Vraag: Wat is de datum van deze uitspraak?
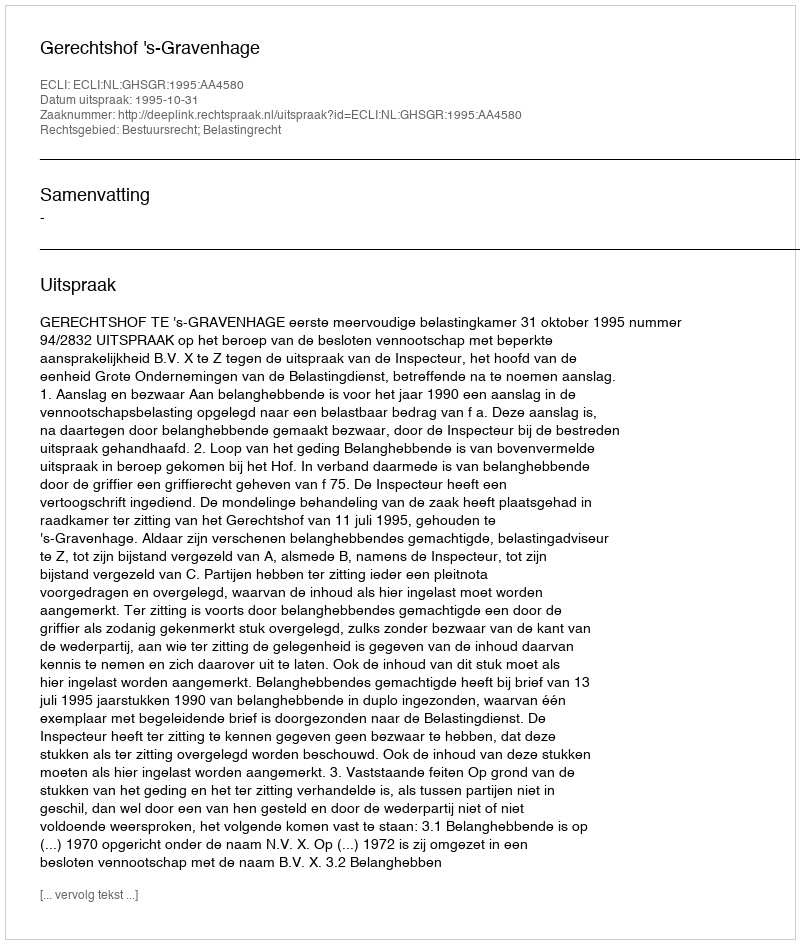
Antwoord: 1995-10-31